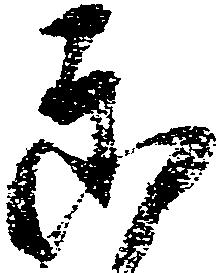
郎